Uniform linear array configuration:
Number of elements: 4
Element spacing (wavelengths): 0.25
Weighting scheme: exponential
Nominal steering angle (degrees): -60
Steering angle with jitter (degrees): -59.004
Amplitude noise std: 0.05
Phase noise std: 0.05

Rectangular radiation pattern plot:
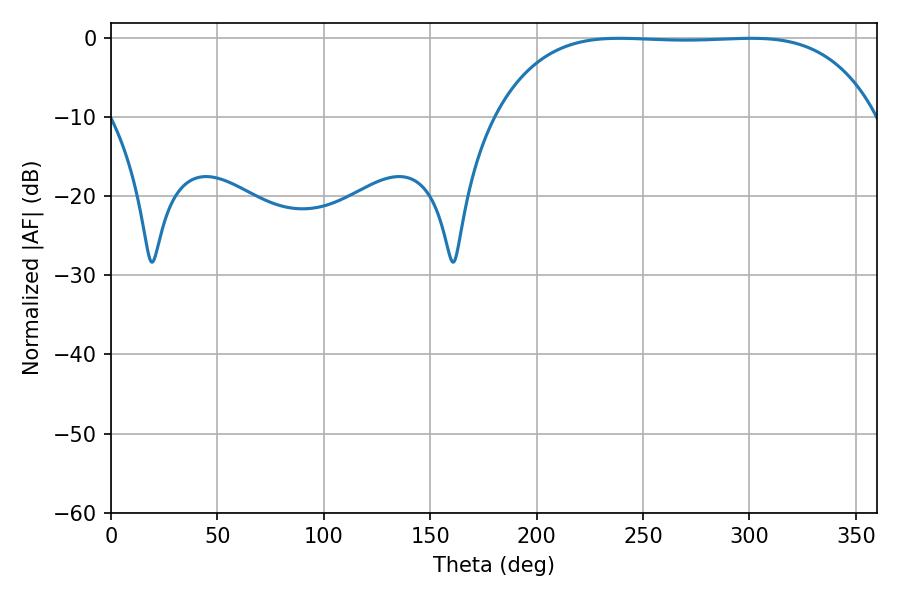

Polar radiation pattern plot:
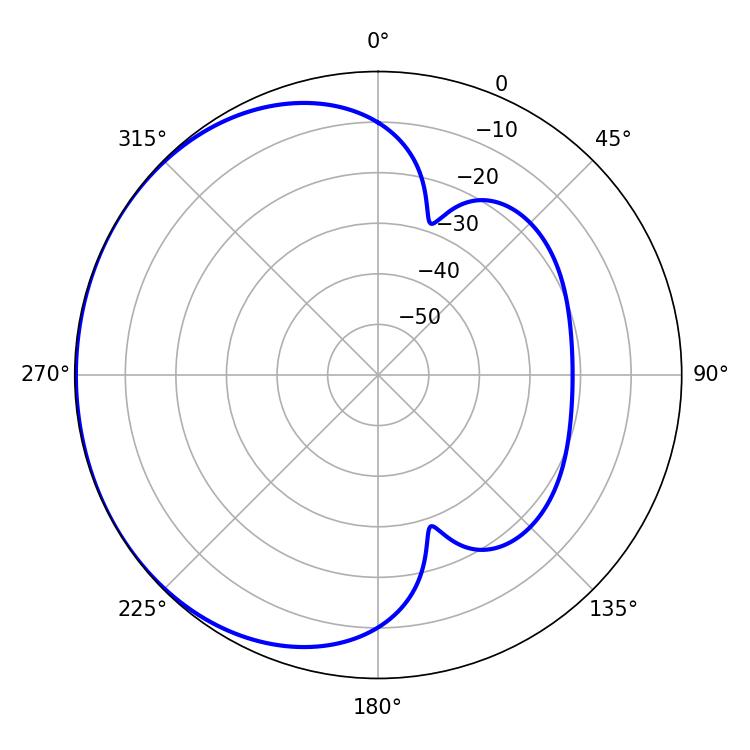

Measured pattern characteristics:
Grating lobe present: FALSE
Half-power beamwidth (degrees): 138.96
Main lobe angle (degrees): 239.04